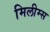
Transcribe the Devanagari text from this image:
मिलीम्स